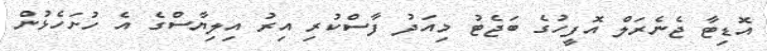
އޮޑިޓާ ޖެެނެރަލް އޮފީހުގެ ބަޖެޓު މިއަދު ފާސްކުރި އިރު އިލިޔާސްގެ އެ ހުށަހެޅުން